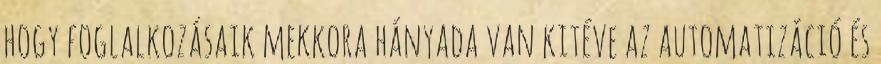
hogy foglalkozásaik mekkora hányada van kitéve az automatizáció és